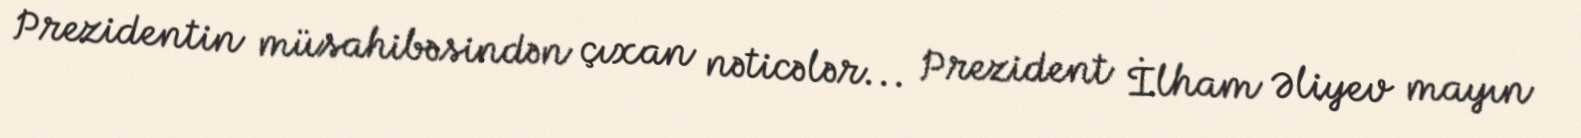
Prezidentin müsahibəsindən çıxan nəticələr... Prezident İlham Əliyev mayın